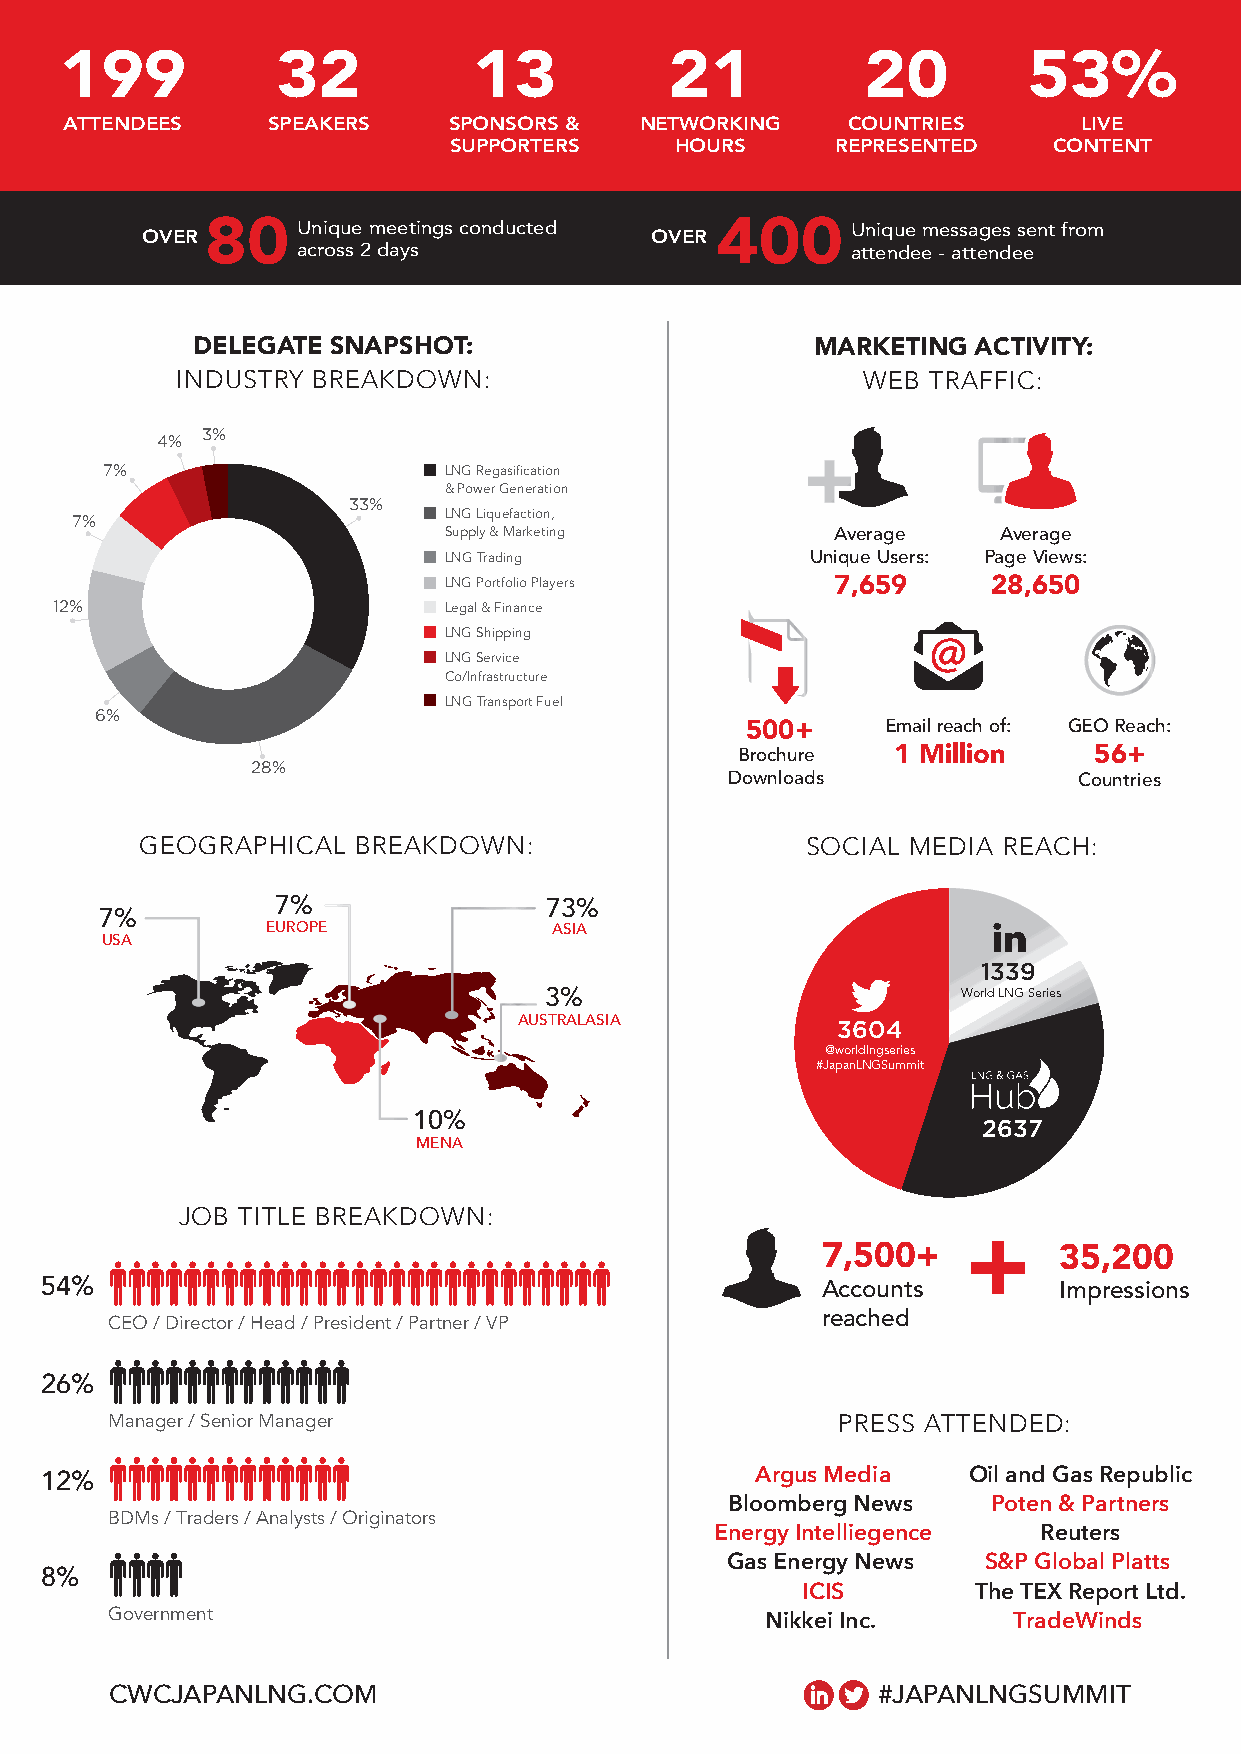
199           32           13           21           20         53%
 ATTENDEES     SPEAKERS    SPONSORS &  NETWORKING    COUNTRIES       LIVE
 SUPPORTERS     HOURS     REPRESENTED    CONTENT
 OVER 80    Unique meetings conducted OVER 400  Unique messages sent from
 across 2 days                       attendee - attendee
 DELEGATE SNAPSHOT:                       MARKETING ACTIVITY:
 INDUSTRY BREAKDOWN:                          WEB TRAFFIC:
 3%
 4%
 7%                    LNG Regasification
 & Power Generation
 33%
 7%                      LNG Liquefaction,
 Supply & Marketing        Average    Average
 LNG Trading              Unique Users: Page Views:
 LNG Portfolio Players     7,659      28,650
 12%                       Legal & Finance
 LNG Shipping
 LNG Service
 Co/Infrastructure
 LNG Transport Fuel
 6%
 500+      Email reach of: GEO Reach:
 Brochure  1 Million    56+
 28%
 Downloads              Countries
 GEOGRAPHICAL  BREAKDOWN:                    SOCIAL MEDIA REACH:
 7%                73%
 7%
 EUROPE             ASIA
 USA
 1339
 3%                          World LNG Series
 AUSTRALASIA          3604
 @worldlngseries
 #JapanLNGSummit
 10%                                   2637
 MENA
 JOB TITLE BREAKDOWN:
 7,500+          35,200
 54%                                                Accounts        Impressions
 CEO / Director / Head / President / Partner / VP reached
 26%
 Manager / Senior Manager                        PRESS ATTENDED:
 12%                                            Argus Media   Oil and Gas Republic
 Bloomberg News    Poten & Partners
 BDMs / Traders / Analysts / Originators
 Energy Intelliegence  Reuters
 Gas Energy News  S&P Global Platts
 8%
 ICIS       The TEX Report Ltd.
 Government
 Nikkei Inc.     TradeWinds
 CWCJAPANLNG.COM                                    #JAPANLNGSUMMIT